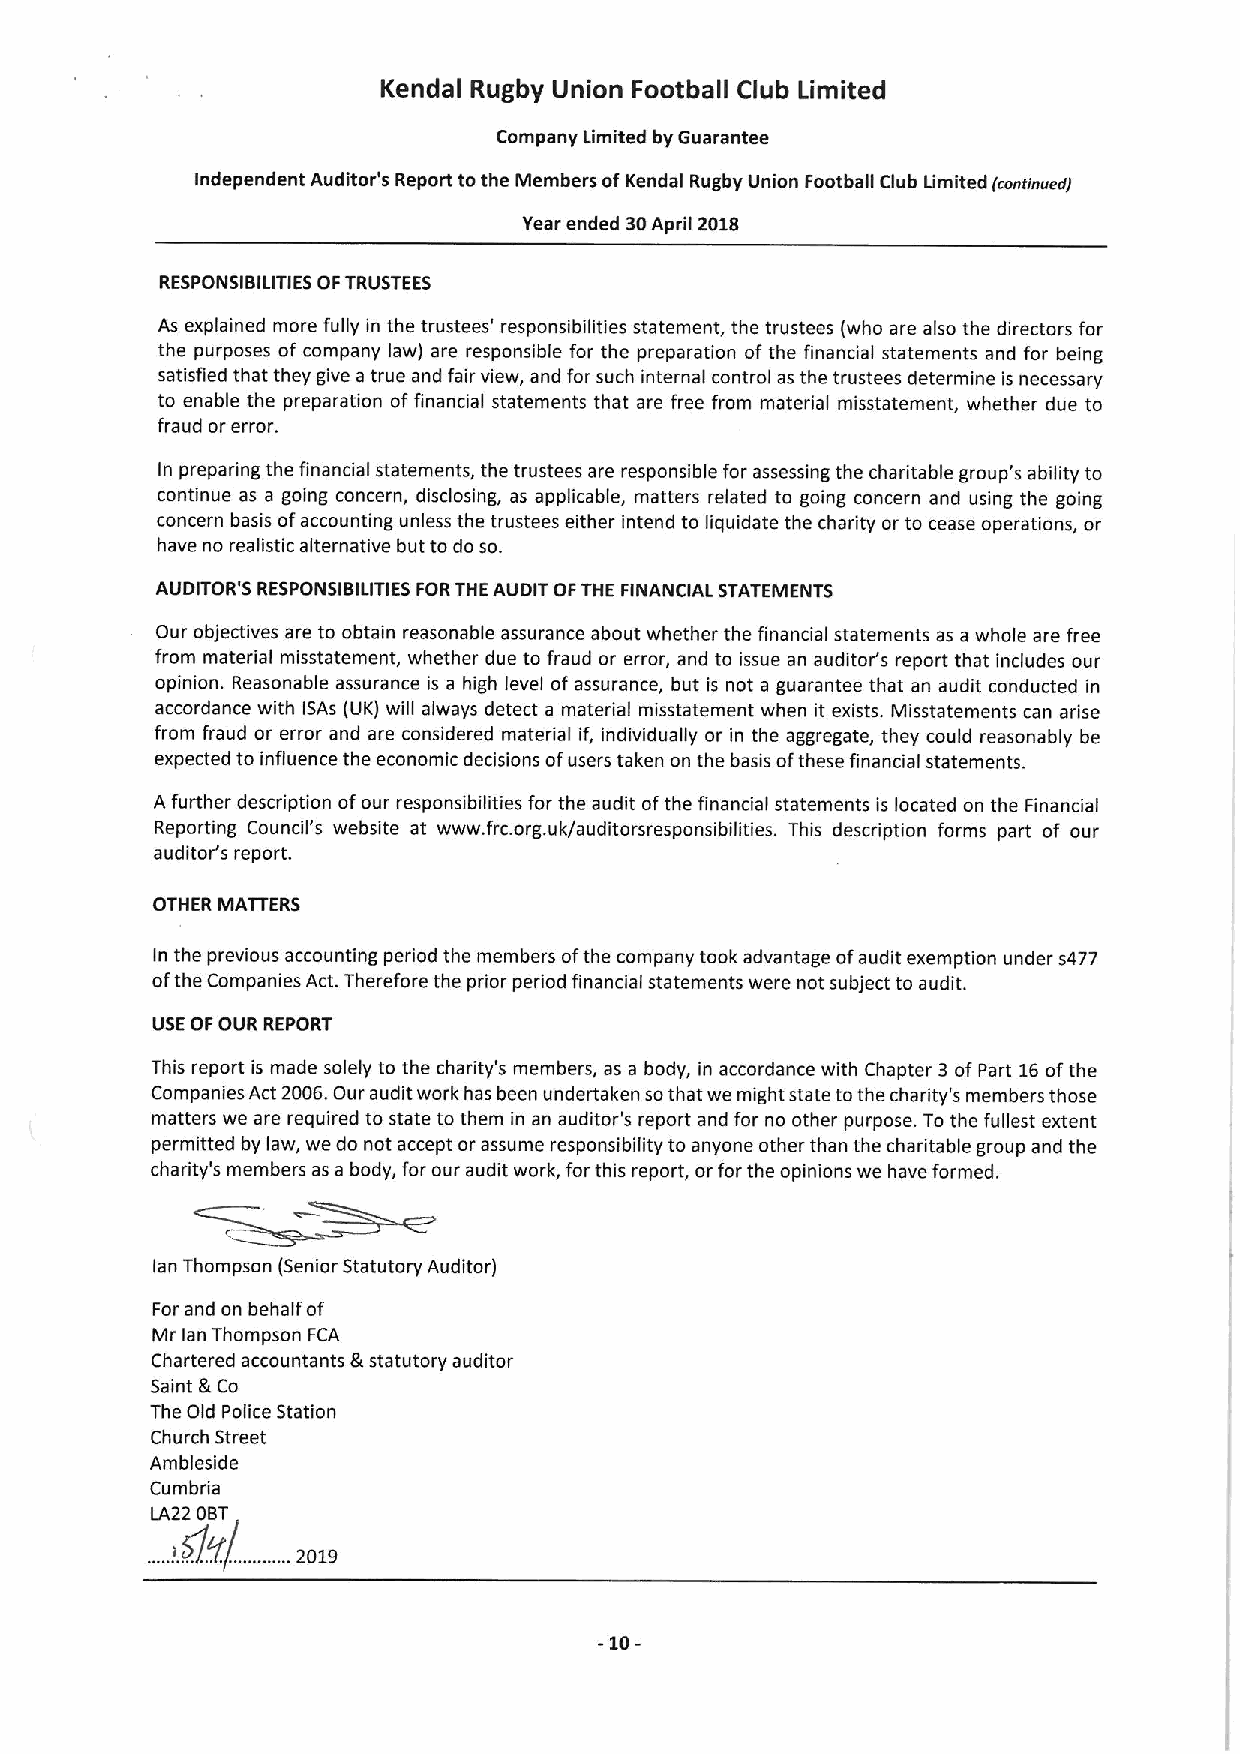
Kendal Rugby Union Football Club Limited
 Company Limited by Guarantee
 Independent Auditor's Report tothe Members ofKendal Rugby Union Football Club Limited fcontinvedj
 Year ended 30April 2018
 RESPONSIBILITIES OFTRUSTEES
 As explained more fully in the trustees' responsibilities statement, the trustees (who are also the directors for
 the purposes of company law) are responsible for the preparation ofthe financial statements and for being
 satisfied that they give a true and fair view, and for such internal control as the trustees determine is necessary
 to enable the preparation offinancial statements that are free from material misstatement, whether due to
 fraud or error.
 In preparing the financial statements, the trustees are responsible for assessing the charitable group's ability to
 continue as a going concern, disclosing, as applicable, matters related to going concern and using the going
 concern basis ofaccounting unless the trustees either intend to liquidate the charity or to cease operations, or
 have no realistic alternative but to do so.
 AUDITOR'S RESPONSIBILITIES FORTHE AUDIT OFTHE FINANCIAL STATEMENTS
 Our objectives are to obtain reasonable assurance about whether the financial statements as a whole are free
 from material misstatement, whether due to fraud or error, and to issue an auditor's report that includes our
 opinion. Reasonable assurance is a high level ofassurance, but is not a guarantee that an audit conducted in
 accordance with ISAs (UK) will always detect a material misstatement when it exists. Misstatements can arise
 from fraud or error and are considered material if, individually or in the aggregate, they could reasonably be
 expected to influence the economic decisions ofusers taken on the basis ofthese financial statements.
 Afurther description ofour responsibilities for the audit ofthe financial statements is located on the Financial
 Reporting Council's website at www. frc.org.uk/auditorsresponsibilities. This description forms part of our
 auditor's report.
 OTHER MATTERS
 In the previous accounting period the members ofthe company took advantage ofaudit exemption under s477
 ofthe Companies Act.Therefore the prior period financial statements were not subject to audit.
 USEOFOUR REPORT
 This report is made solely to the charity's members, as a body, in accordance with Chapter 3of Part 16ofthe
 Companies Act 2006.Our audit work has been undertaken sothat we might state tothe charity's members those
 matters we are required to state to them in an auditor's report and for no other purpose. To the fullest extent
 permitted by law, we do not accept or assume responsibility to anyone other than the charitable group and the
 charity's members as a body, for our audit work, forthis report, or for the opinions we have formed.
 lan Thompson (Senior Statutory Auditor)
 Forand on behalf of
 Mr lan Thompson FCA
 Chartered accountants &statutory auditor
 Saint &Co
 The Old Police Station
 Church Street
 Ambleside
 Cumbria
 LA22 0BT ..
 ,,      ,,
 . !.s/y/. .2019
 -10-